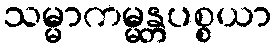
သမ္မာကမ္မန္တပစ္စယာ